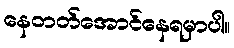
နေတတ်အောင်နေရမှာပါ။